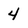
Character: 4